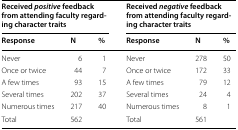
<table><thead><tr><td colspan="3"><b>Received <i>positive</i> feedback from attending faculty regarding character traits</b></td><td colspan="3"><b>Received <i>negative</i> feedback from attending faculty regarding character traits</b></td></tr><tr><td><b>Response</b></td><td><b>N</b></td><td><b>%</b></td><td><b>Response</b></td><td><b>N</b></td><td><b>%</b></td></tr></thead><tbody><tr><td>Never</td><td>6</td><td>1</td><td>Never</td><td>278</td><td>50</td></tr><tr><td>Once or twice</td><td>44</td><td>7</td><td>Once or twice</td><td>172</td><td>33</td></tr><tr><td>A few times</td><td>93</td><td>15</td><td>A few times</td><td>79</td><td>12</td></tr><tr><td>Several times</td><td>202</td><td>37</td><td>Several times</td><td>24</td><td>4</td></tr><tr><td>Numerous times</td><td>217</td><td>40</td><td>Numerous times</td><td>8</td><td>1</td></tr><tr><td>Total</td><td>562</td><td></td><td>Total</td><td>561</td><td></td></tr></tbody></table>